Indian journal of veterinary science and animal husbandry - Volumes 22-23, 1952-1953
Year: 1952
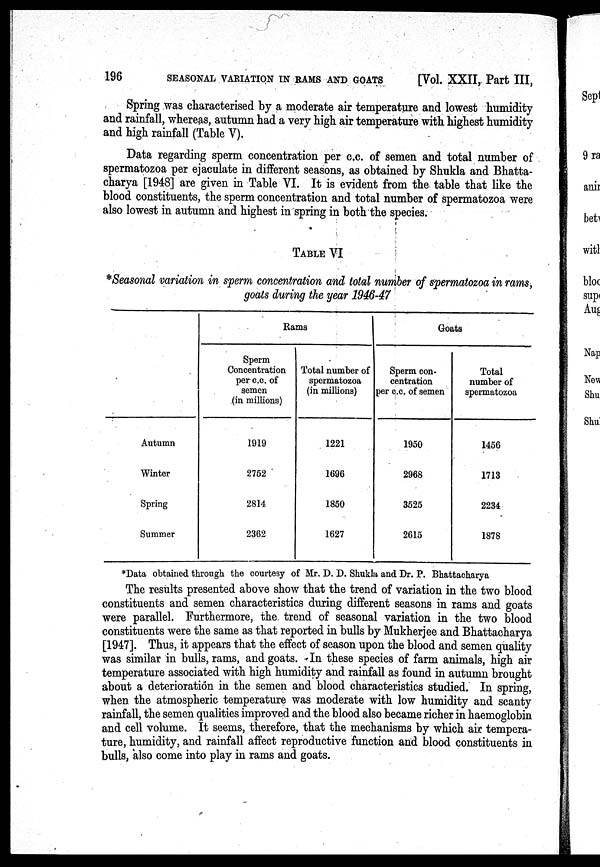
196
SEASONAL VARIATION IN RAMS AND GOATS
[Vol. XXII, Part III,
Spring was characterised by a moderate air temperature and lowest humidity
and rainfall, whereas, autumn had a very high air temperature with highest humidity
and high rainfall (Table V).
Data regarding sperm concentration per c.c. of semen and total number of
spermatozoa per ejaculate in different seasons, as obtained by Shukla and Bhatta-
charya [1948] are given in Table VI. It is evident from the table that like the
blood constituents, the sperm concentration and total number of spermatozoa were
also lowest in autumn and highest in spring in both the species.
TABLE VI
*Seasonal variation in sperm concentration and total number of spermatozoa in rams,
goats during the year 1946-47
Autumn
Winter
Spring
Summer
Rams
Sperm
Concentration
per c.c. of
semen
(in millions)
1919
2752
2814
2362
Total number of
spermatozoa
(in millions)
1221
1696
1850
1627
Goats
Sperm con-
centration
per c.c. of semen
1950
2968
3525
2615
Total
number of
spermatozoa
1456
1713
2234
1878
*Data obtained through the courtesy of Mr. D. D. Shukla and Dr. P. Bhattacharya
The results presented above show that the trend of variation in the two blood
constituents and semen characteristics during different seasons in rams and goats
were parallel. Furthermore, the trend of seasonal variation in the two blood
constituents were the same as that reported in bulls by Mukherjee and Bhattacharya
[1947]. Thus, it appears that the effect of season upon the blood and semen quality
was similar in bulls, rams, and goats. In these species of farm animals, high air
temperature associated with high humidity and rainfall as found in autumn brought
about a deterioration in the semen and blood characteristics studied. In spring,
when the atmospheric temperature was moderate with low humidity and scanty
rainfall, the semen qualities improved and the blood also became richer in haemoglobin
and cell volume. It seems, therefore, that the mechanisms by which air tempera-
ture, humidity, and rainfall affect reproductive function and blood constituents in
bulls, also come into play in rams and goats.